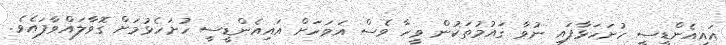
އައިއެންޑީސީ ހުށަހަޅާފައި ނުވާ ގައުމުތަކުން ވީހާ ވެސް އަވަހަށް އައިއެންޑީސީ ހުށަހެޅުމަށް ގޮވާލައްވާފައެވެ.